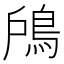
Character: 𩿇